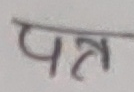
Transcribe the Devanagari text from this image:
पत्र